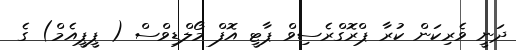
ދަނީ ވެރިކަން ކުރާ ޕްރޮގްރެސިވް ޕާޓީ އޮފް މޯލްޑިވްސް ( ޕީޕީއެމް) ގެ